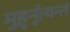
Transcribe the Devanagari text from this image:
मुहुर्नृत्यन्तं